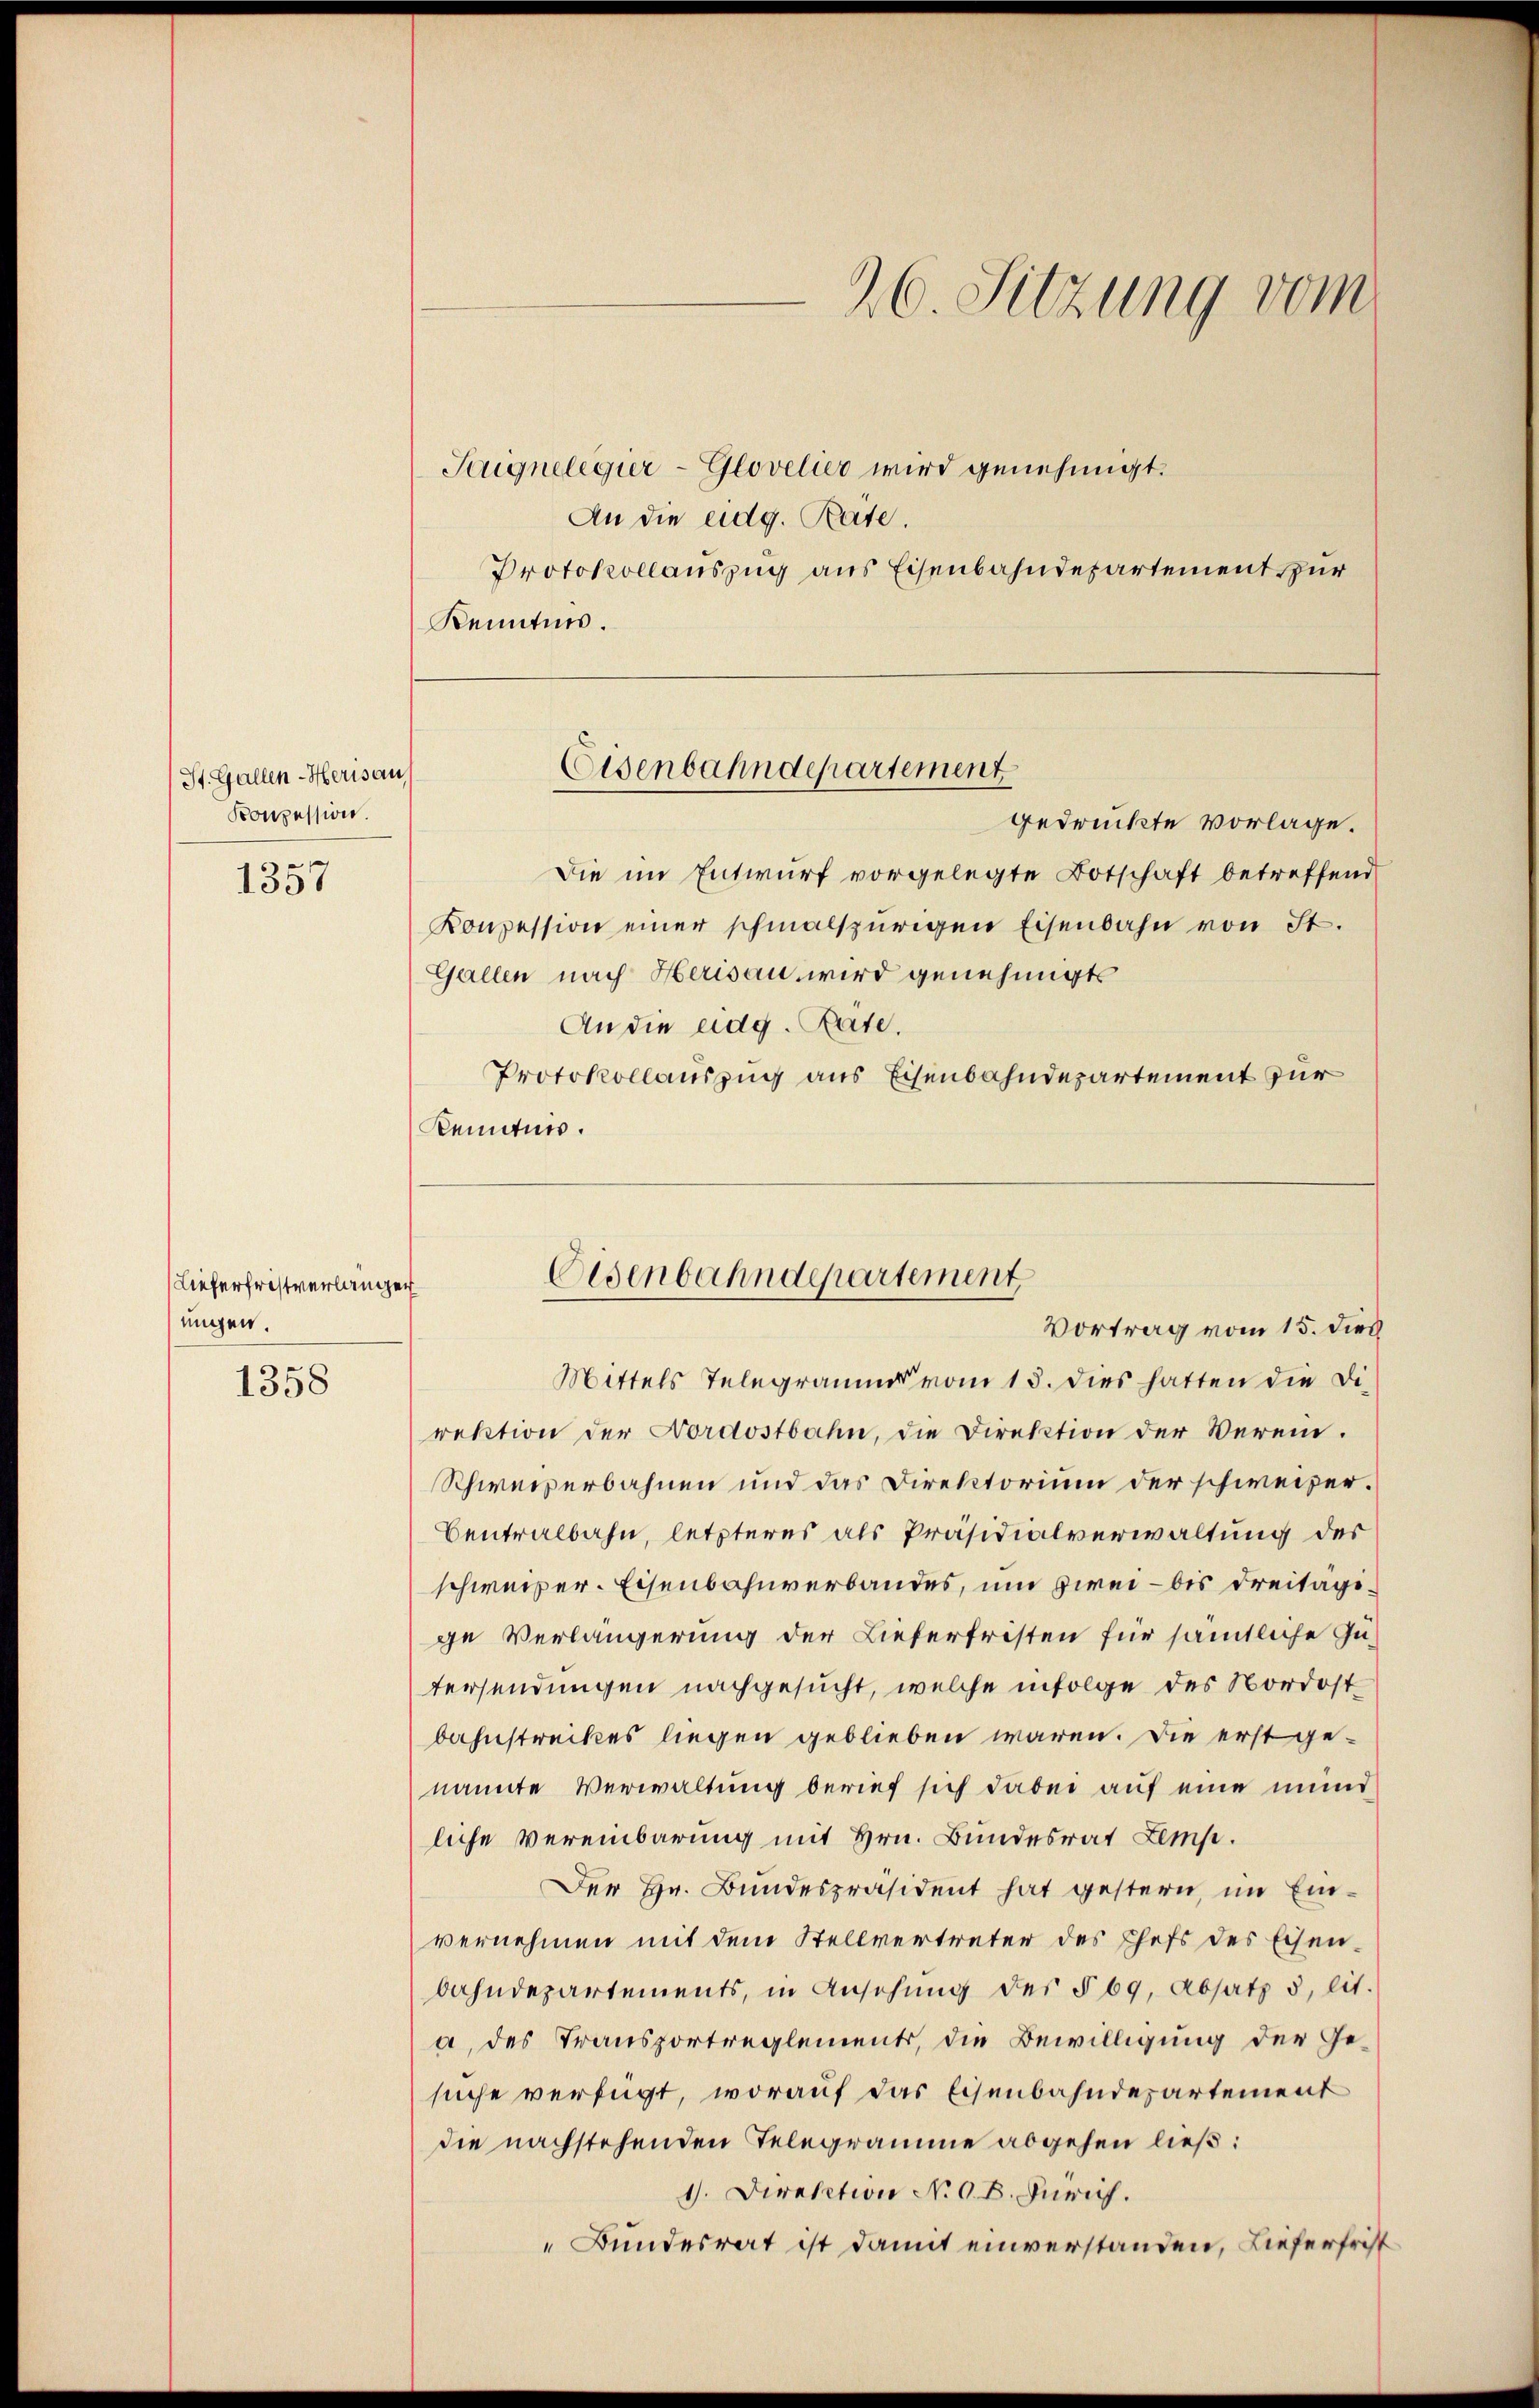
St. Gallen-Herisau,
Konzession.

1357

Lieferfristverlangen
ungen.

1358

20. Sitzung vom
Taignelegier-Glovelier wird genehmigt.

An die eidg. Räte.
Protokollauszug aus Eisenbahndepartement zur
Kenntnis.

Eisenbahndepartement

Eisenbahndepartement
Vortrag vom 15. dies

gedruckte vorlage.
Die im Entwurf vorgelegte Botschaft betreffend
Konzession einer schmalspurigen Eisenbahn von St.
Gallen nach Herisau wird genehmigt
An die eidg. Räte.
Protokollauszug aus Eisenbahndepartement zur
Kenntnis.
Mittels Telegramms vom 13. Dies hatten die Direktion der Nordostbahn, die Direktion der Verein.
Schweizerbahnen und das Direktorium der schweizer¬
Centralbahn, letzteres als Präsidialverwaltung der
schweizer. Eisenbahnverbandes, um zwei – bis dreitägige Verlängerung der Lieferfristen für sämtliche Gutersendungen nachgesucht, welche infolge des Nordost
bahnstreckes liegen geblieben wären. Die erst genannte Verwaltung berief sich dabei auf eine mund
liche Vereinbarung mit Hrn. Bundesrat Lemp.
Der Hr. Bundespräsident hat gestern, im Einvernehmen mit dem Stellvertreter des Chefs des Eisenbahndepartements, in Ansehung des § 69, Absatz 5 lit.
a, des Transportreglements, die Bewilligung der Gesuche verfügt, worauf das Eisenbahndepartement
die nachstehenden Telegramme abgehen ließ:
1. Direktion No 68. Durich.
Bundesrat ist damit einverstanden, Lieferfrist